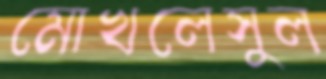
মোখলেসুল